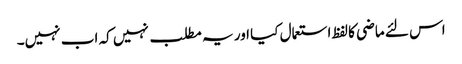
اس لئے ماضی کا لفظ استعمال کیا اور یہ مطلب نہیں کہ اب نہیں۔